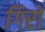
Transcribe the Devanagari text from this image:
गिरों